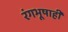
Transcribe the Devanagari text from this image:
रंगभूषाही